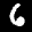
Label: 6